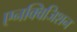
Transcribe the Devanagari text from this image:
एनक्विजिशन